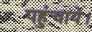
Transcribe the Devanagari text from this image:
पहुंचाये।